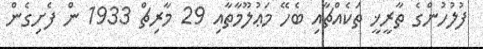
ފުލުހުންގެ ތާރީޚީ ތަކެއްޗާއި ބެހޭ މަޢުލޫމާތާއި 29 މާރިޗް 1933 ން ފެށިގެން